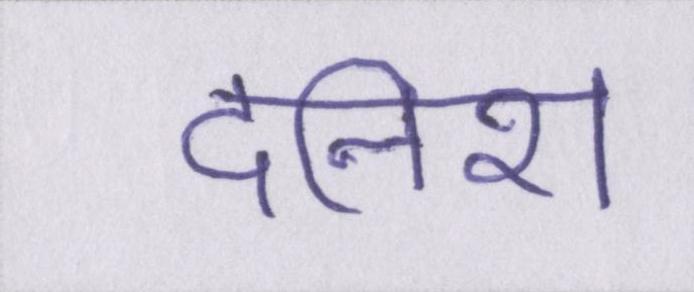
दनिश